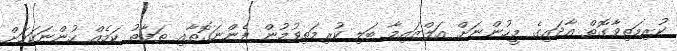
ކުރިމަތިވާގޮތް އާދައިގެ މީހުންނަށް އަލްޒައިމާ ބަލި ކުރިމަތިވުމުން ފެންނަގޮތާއި ތަފާތު ކަމެއް ހުންނަކަމަށް